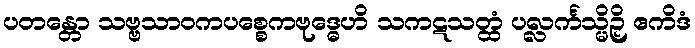
ပတန္တော သဗ္ဗသာဝကပစ္စေကဗုဒ္ဓေဟိ သကဋသတ္ထံ ပလ္လင်္ကသ္မိဉှိ ဧကိဒံ